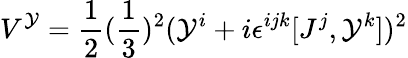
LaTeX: V^{\mathcal{Y}}={\frac{{1}}{{2}}}({\frac{{1}}{{3}}})^{2}(\mathcal{Y}^{i}+i\epsilon^{ijk}[J^{j},\mathcal{Y}^{k}])^{2}